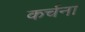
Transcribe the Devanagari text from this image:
कर्चना